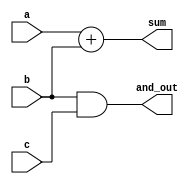
module simple_comb_logic (
    input wire a,          // Input signal a
    input wire b,          // Input signal b
    input wire c,          // Input signal c
    output wire sum,       // Output for sum (a + b)
    output wire and_out    // Output for logical AND (b AND c)
);

// Continuous Assignment for Sum
assign sum = a + b; // Continuous assignment for addition of a and b

// Continuous Assignment for AND Operation
assign and_out = b & c; // Continuous assignment for logical AND of b and c

endmodule